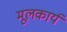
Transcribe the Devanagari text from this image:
मूलकार्य